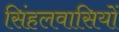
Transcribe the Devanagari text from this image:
सिंहलवासियों